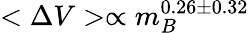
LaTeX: <\Delta V>\propto m_{B}^{0.26\pm 0.32}